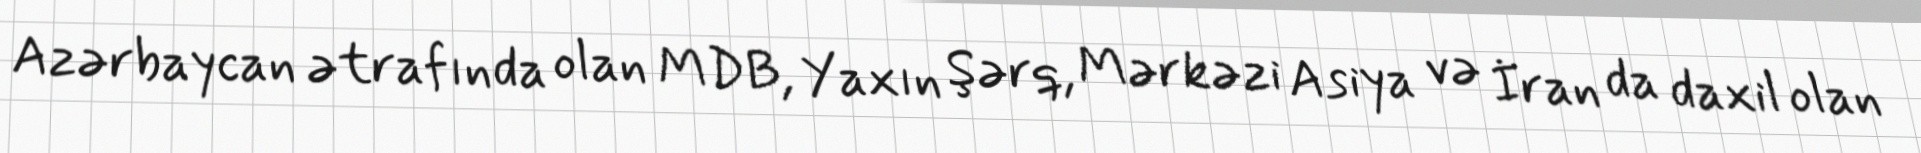
Azərbaycan ətrafında olan MDB, Yaxın Şərq, Mərkəzi Asiya və İran da daxil olan